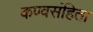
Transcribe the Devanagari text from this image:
कण्वसंहिता